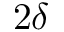
2 \delta